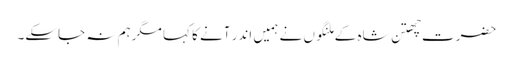
حضرت چھتن شاہ کے ملنگوں نے ہمیں اندر آنے کا کہا مگرہم نہ جاسکے۔